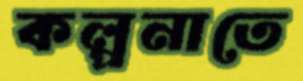
কল্পনাতে